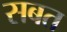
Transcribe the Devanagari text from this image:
सबत